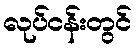
လုပ်ငန်းတွင်